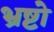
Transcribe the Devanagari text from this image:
भ्रष्टो